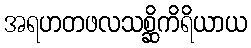
အရဟတဖလသစ္ဆိကိရိယာယ